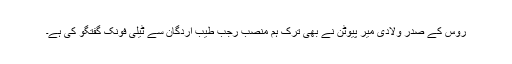
روس کے صدر ولادی میر پیوٹن نے بھی ترک ہم منصب رجب طیب اردگان سے ٹیلی فونک گفتگو کی ہے۔